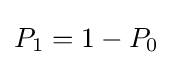
P_{1}=1-P_{0}